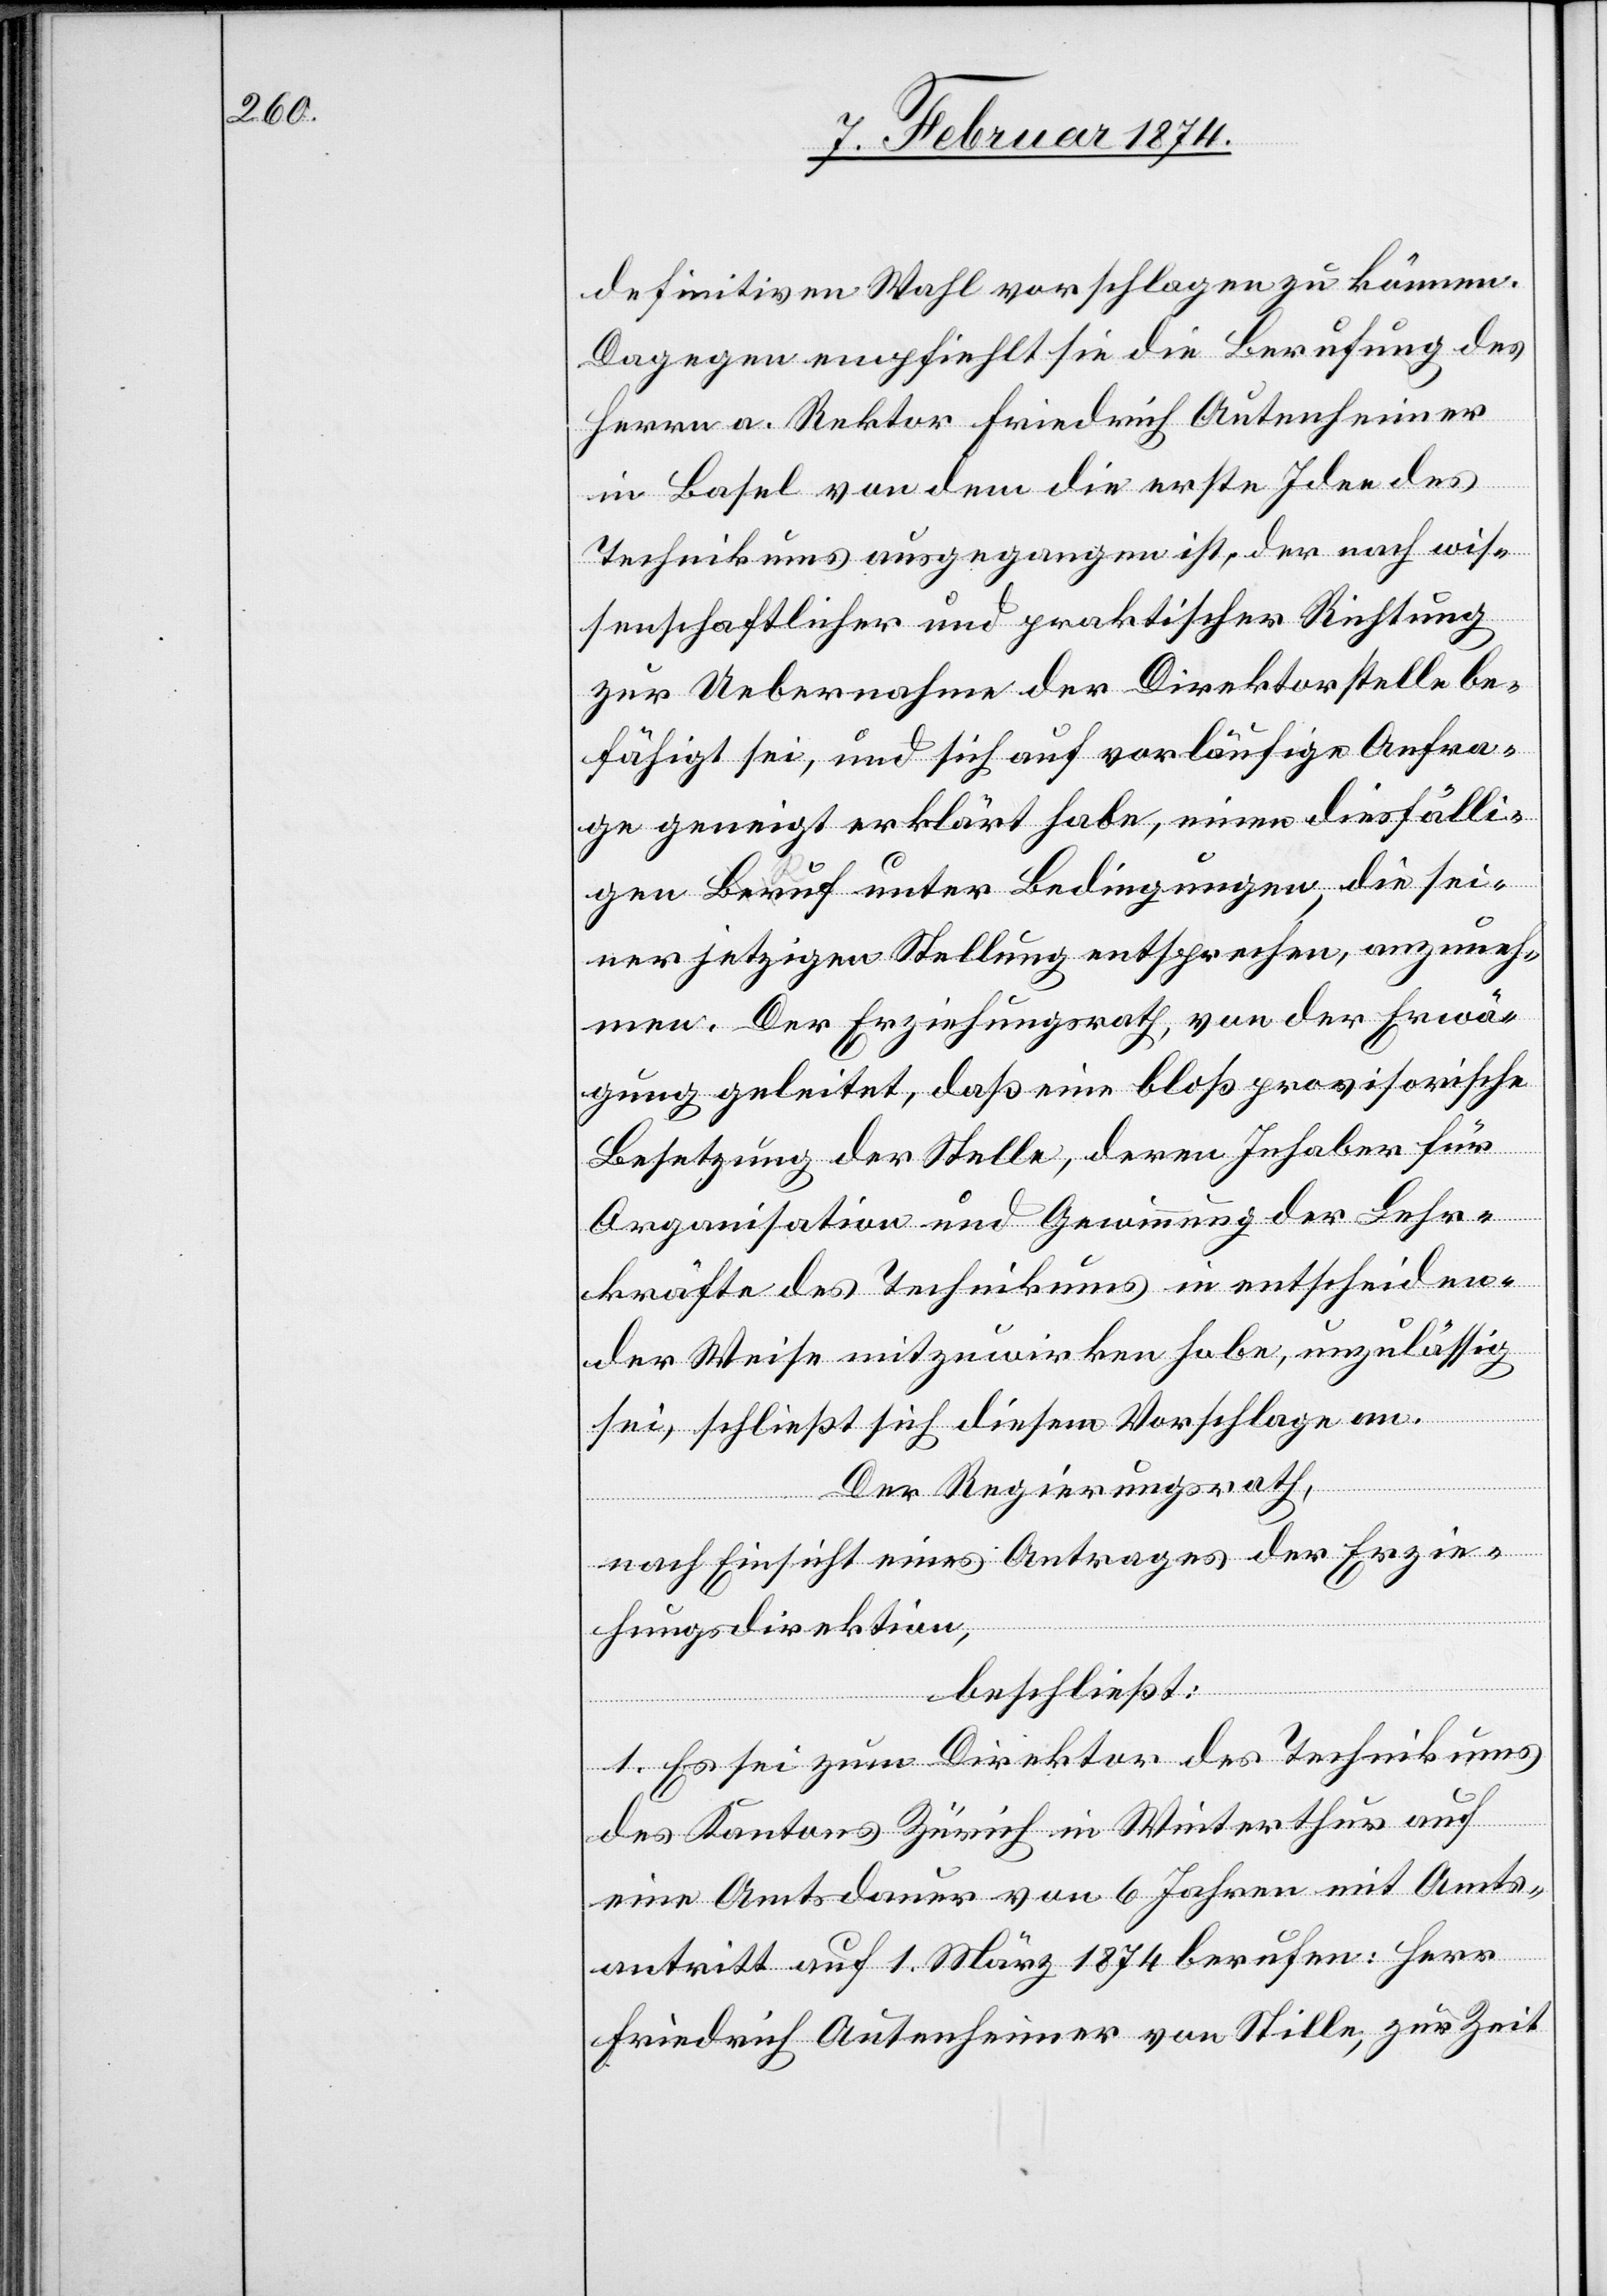
definitiven Wahl vorschlagen zu können.
Dagegen empfiehlt sie die Berufung des
Herrn a. Rektor Friedrich Autenheimer
in Basel von dem die erste Idee des
Technikums ausgegangen ist, der auch wis¬
senschaftlicher und praktischer Richtung
zur Uebernahme der Direktorstelle be¬
fähigt sei und sich auf vorläufige Anfra¬
ge geneigt erklärt habe, einen diesfälli¬
gen Ruf unter Bedingungen, die sei¬
ner jetzigen Stellung entsprechen, anzuneh¬
men. Der Erziehungsrath, von der Erwä¬
gung geleitet, daß eine bloß provisorische
Besetzung der Stelle, deren Inhaber für
Organisation und Gewinnung der Lehr¬
kräfte des Technikums in entscheiden¬
der Weise mitzuwirken habe, unzulässig
sei, schließt sich diesem Vorschlage an.
Der Regierungsrath,
nach Einsicht eines Antrages der Erzie¬
hungsdirektion,
beschließt:
1. Es sei zum Direktor des Technikums
des Kantons Zürich in Winterthur auf
eine Amtsdauer von 6 Jahren mit Amts¬
antritt auf 1. März 1874 berufen: Herr
Friedrich Autenheimer von Stille, zur Zeit